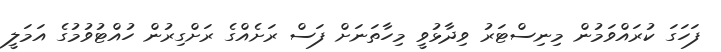
ފަހަގަ ކުރައްވަމުން މިނިސްޓަރު ވިދާޅުވީ މިހާތަނަށް ފަސް ރަށެއްގެ ރަށްގިރުން ހުއްޓުވުމުގެ އަމަލީ